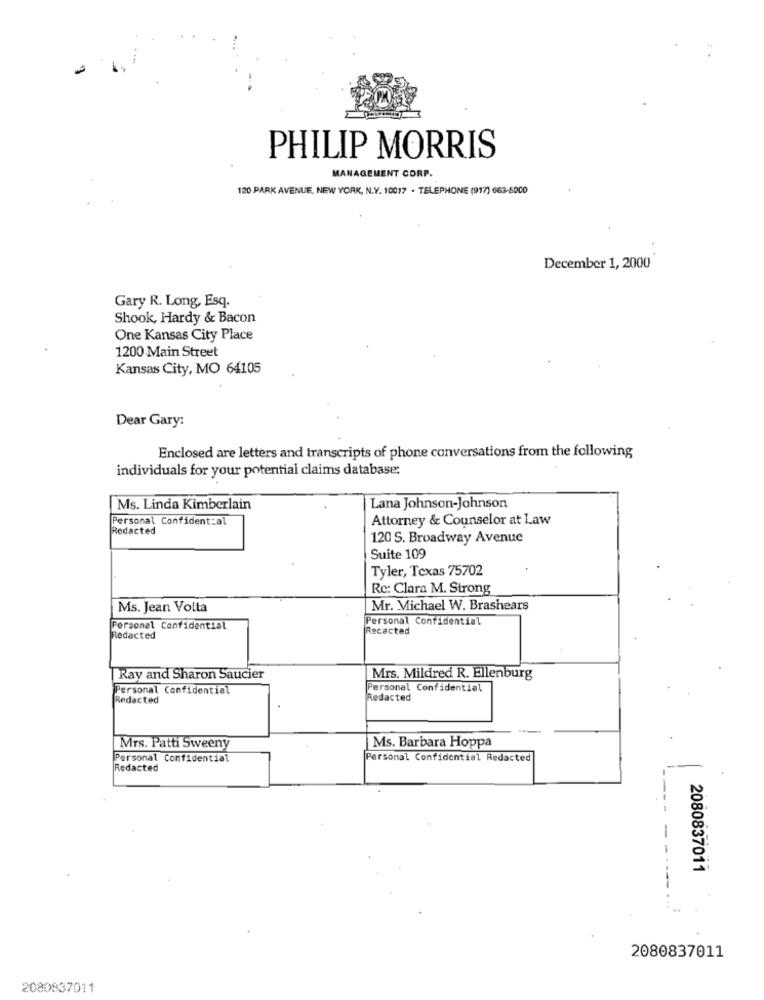
PHILIP MORRIS
MANAGEMENT CORP.
120 PARK AVENUE, NEW YORK, N.Y. 10017 . TELEPHONE (917) 663-5000
December 1, 2000
Gary R. Long, Esq.
Shook, Hardy & Bacon
One Kansas City Place
1200 Main Street
Kansas City, MO 64105
Dear Gary:
Enclosed are letters and transcripts of phone conversations from the following
individuals for your potential claims database:
Ms. Linda Kimberlain
Lana Johnson-Johnson
Personal Confident:al
Attorney & Counselor at Law
Redacted
120 S. Broadway Avenue
Suite 109
Tyler, Texas 75702
Rc: Clara M. Strong
Ms. Jean Volta
Mr. Michael W. Brashears
Personal Confidential
Personal Confidential
Recacted
Redacted
Ray and Sharon Saucier
Mrs. Mildred R. Ellenburg
Personal Confidential
Personal Confidential
Redacted
Redacted
Ms. Barbara Hoppa
Mrs. Patti Sweeny
Personal Confidential
Personal Confidential Redacted
Redacted
-
2080837011
2080837011
2080837011